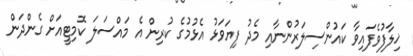
ޚިލާފުވެފައިވާ ކައުންސިލަރުންނާއި މެދު ފިޔަވަޅު އެޅުމުގެ ކުރިން އެ މައްސަލަ ކޮމިޓީއަށް ގެންދަން